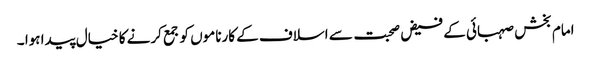
امام بخش صہبائی کے فیض صحبت سے اسلاف کے کارناموں کو جمع کرنے کا خیال پیدا ہوا ۔